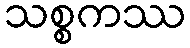
သစ္စကဿ